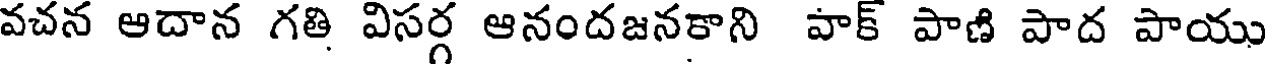
వచన ఆదాన గతి విసర్గ ఆనందజనకాని వాక్ పాణి పాద పాయు